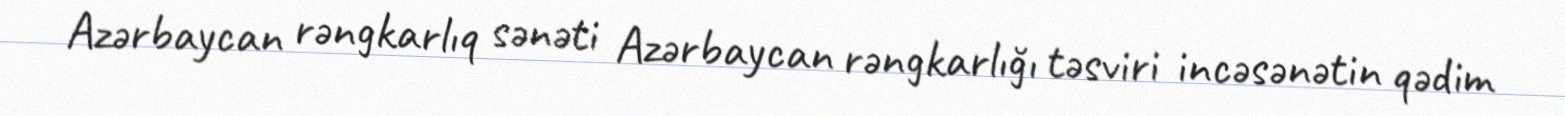
Azərbaycan rəngkarlıq sənəti Azərbaycan rəngkarlığı təsviri incəsənətin qədim